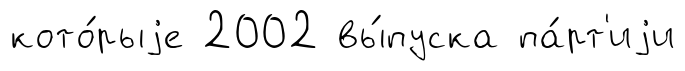
кото́рыjе 2002 вы́пуска па́рт'иjи